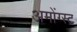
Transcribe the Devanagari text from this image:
अमोंग्स्ट